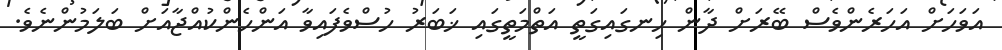
އަވަހަށް އަހަރެންވެސް ބޭރަށް ދާން ހިނގައިގަތީ އަތްމަތީގައި ޚަބަރު ހުސްވެފައިވާ އަންހެންކުއްޖާއަށް ބަލަމުންނެވެ.